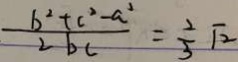
\frac { b ^ { 2 } + c ^ { 2 } - a ^ { 2 } } { 2 b c } = \frac { 2 } { 3 } \sqrt { 2 }